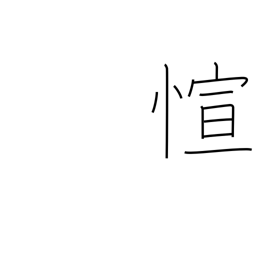
Meaning: abundant